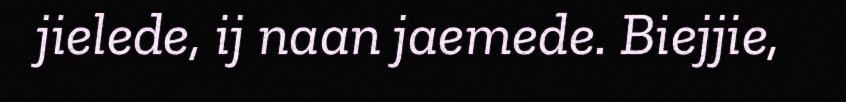
jielede, ij naan jaemede. Biejjie,